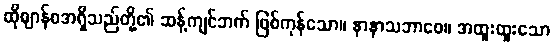
ထိုဈာန်စအရှိသည်တို့၏ ဆန့်ကျင်ဘက် ဖြစ်ကုန်သော။ နာနာသဘာဝေ။ အထူးထူးသော